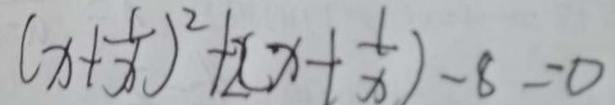
( x + \frac { 1 } { x } ) ^ { 2 } + 2 ( x + \frac { 1 } { x } ) - 8 = 0